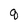
Character: q